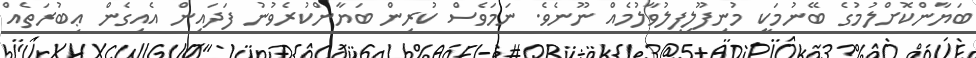
ބަޔާންކޮށްލުމުގެ ބޭނުމަކީ މުނިފޫލިފިލުވާލުމެއް ނޫނެވެ. ނަމަވެސް ކުރިން ބަޔާންކުރެވުނު ފަދައިން އެއިގެން ޢިބުރަތެއް